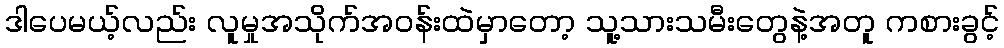
ဒါပေမယ့်လည်း လူမှုအသိုက်အဝန်းထဲမှာတော့ သူ့သားသမီးတွေနဲ့အတူ ကစားခွင့်